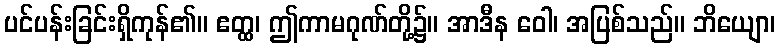
ပင်ပန်းခြင်းရှိကုန်၏။ ဧတ္ထ၊ ဤကာမဂုဏ်တို့၌။ အာဒီန ဝေါ၊ အပြစ်သည်။ ဘိယျော၊